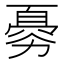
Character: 𠢨